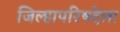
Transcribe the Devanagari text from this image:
जिल्हापरिषदेला